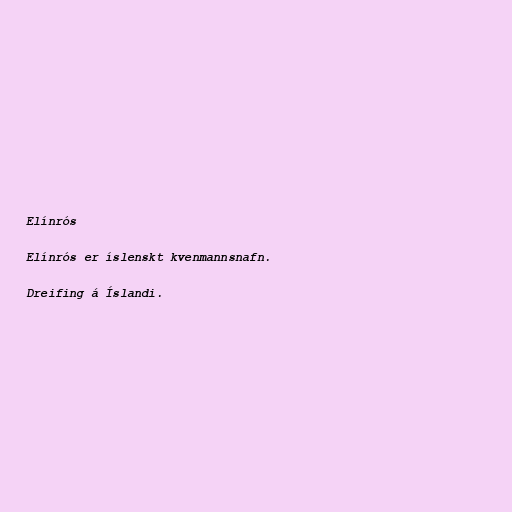
Elínrós

Elínrós er íslenskt kvenmannsnafn.

Dreifing á Íslandi.